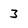
Character: 3